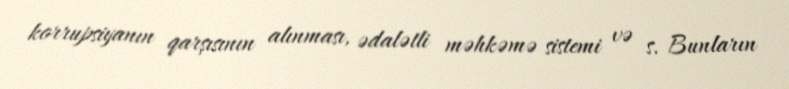
korrupsiyanın qarşısının alınması, ədalətli məhkəmə sistemi və s. Bunların